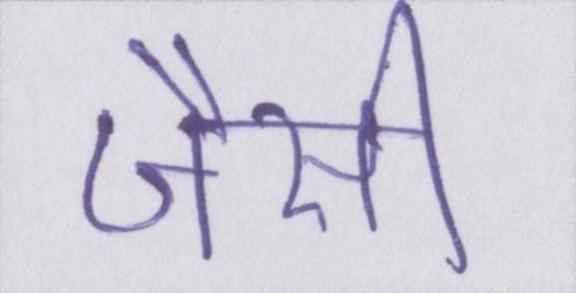
जैसी